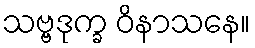
သဗ္ဗဒုက္ခ ဝိနာသနေ။